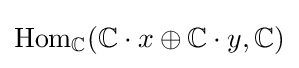
{\text{Hom}}_{\mathbb {C} }(\mathbb {C} \cdot x\oplus \mathbb {C} \cdot y,\mathbb {C} )